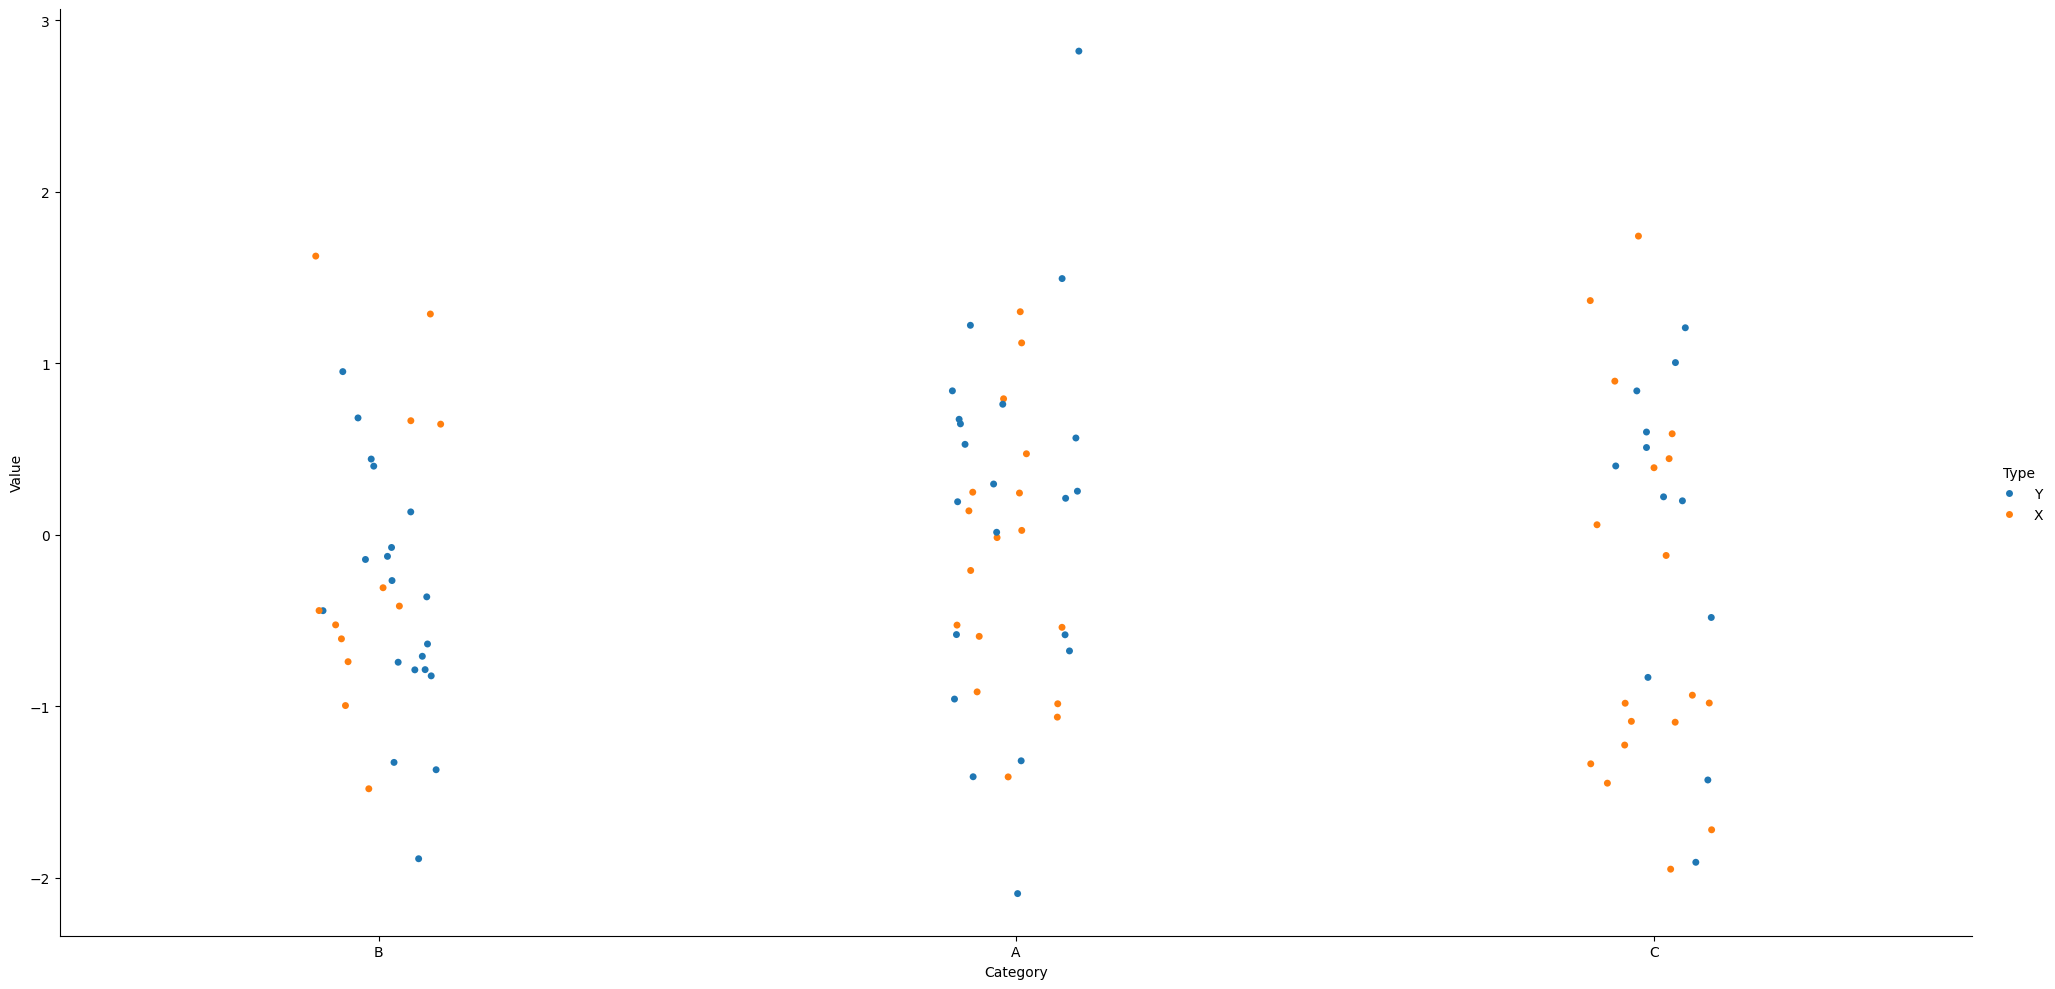
python, seaborn, catplot, kind='strip', height=10, aspect=2